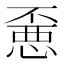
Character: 𰑼